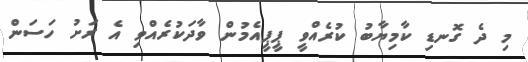
މި ދެ ގޮނޑި ކާމިޔާބު ކުރެއްވީ ޕީޕީއެމުން ވާދަކުރެއްވި އެ ރަށު ހަސަން